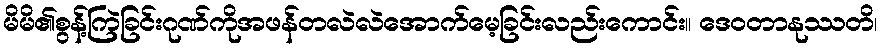
မိမိ၏စွန့်ကြဲခြင်းဂုဏ်ကိုအဖန်တလဲလဲအောက်မေ့ခြင်းလည်းကောင်း။ ဒေဝတာနုဿတိ၊